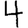
Digit: 4